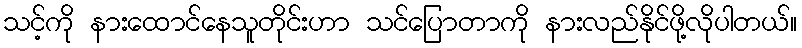
သင့်ကို နားထောင်နေသူတိုင်းဟာ သင်ပြောတာကို နားလည်နိုင်ဖို့လိုပါတယ်။